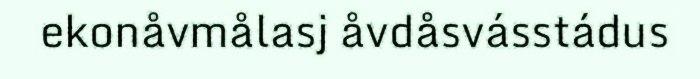
ekonåvmålasj åvdåsvásstádus